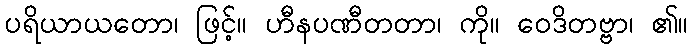
ပရိယာယတော၊ ဖြင့်။ ဟီနပဏီတတာ၊ ကို။ ဝေဒိတဗ္ဗာ၊ ၏။